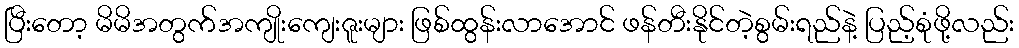
ပြီးတော့ မိမိအတွက်အကျိုးကျေးဇူးများ ဖြစ်ထွန်းလာအောင် ဖန်တီးနိုင်တဲ့စွမ်းရည်နဲ့ ပြည့်စုံဖို့လည်း